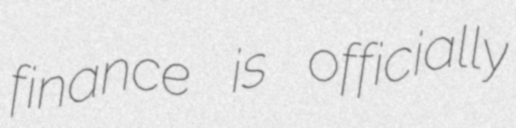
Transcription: finance is officially